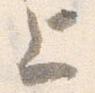
上